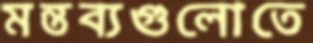
মন্তব্যগুলোতে